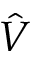
\hat { V }